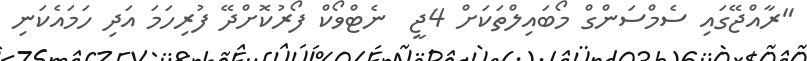
"ރާއްޖޭގައި ސެމްސަންގް މޯބައިލްތަކަށް 4ޖީ  ނެޓްވޯކް ފޯރުކޮށްދޭ ފުރިހަމަ އަދި ހަމައެކަނި